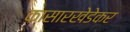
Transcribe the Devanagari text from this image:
कासारखेडेकर